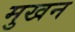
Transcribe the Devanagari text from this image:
मुखन